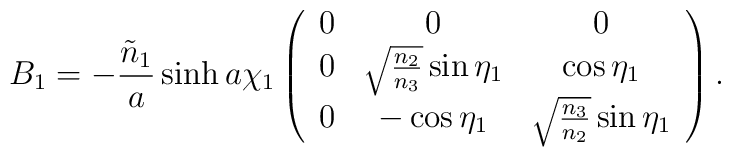
B_1 = -\frac{\tilde{n}_1}{a} \sinh{a\chi_1} \left( \begin{array}{ccc}                                            0 & 0                                   & 0 \\                                            0 & \sqrt{\frac{n_2}{n_3}} \sin{\eta_1} & \cos{\eta_1} \\                                            0 & -\cos{\eta_1}                       & \sqrt{\frac{n_3}{n_2}} \sin{\eta_1}                                            \end{array} \right).